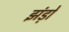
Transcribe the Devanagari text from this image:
झंड़ो